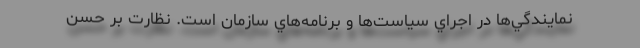
نمايندگي‌ها در اجراي سياست‌ها و برنامه‌هاي سازمان است. نظارت بر حسن